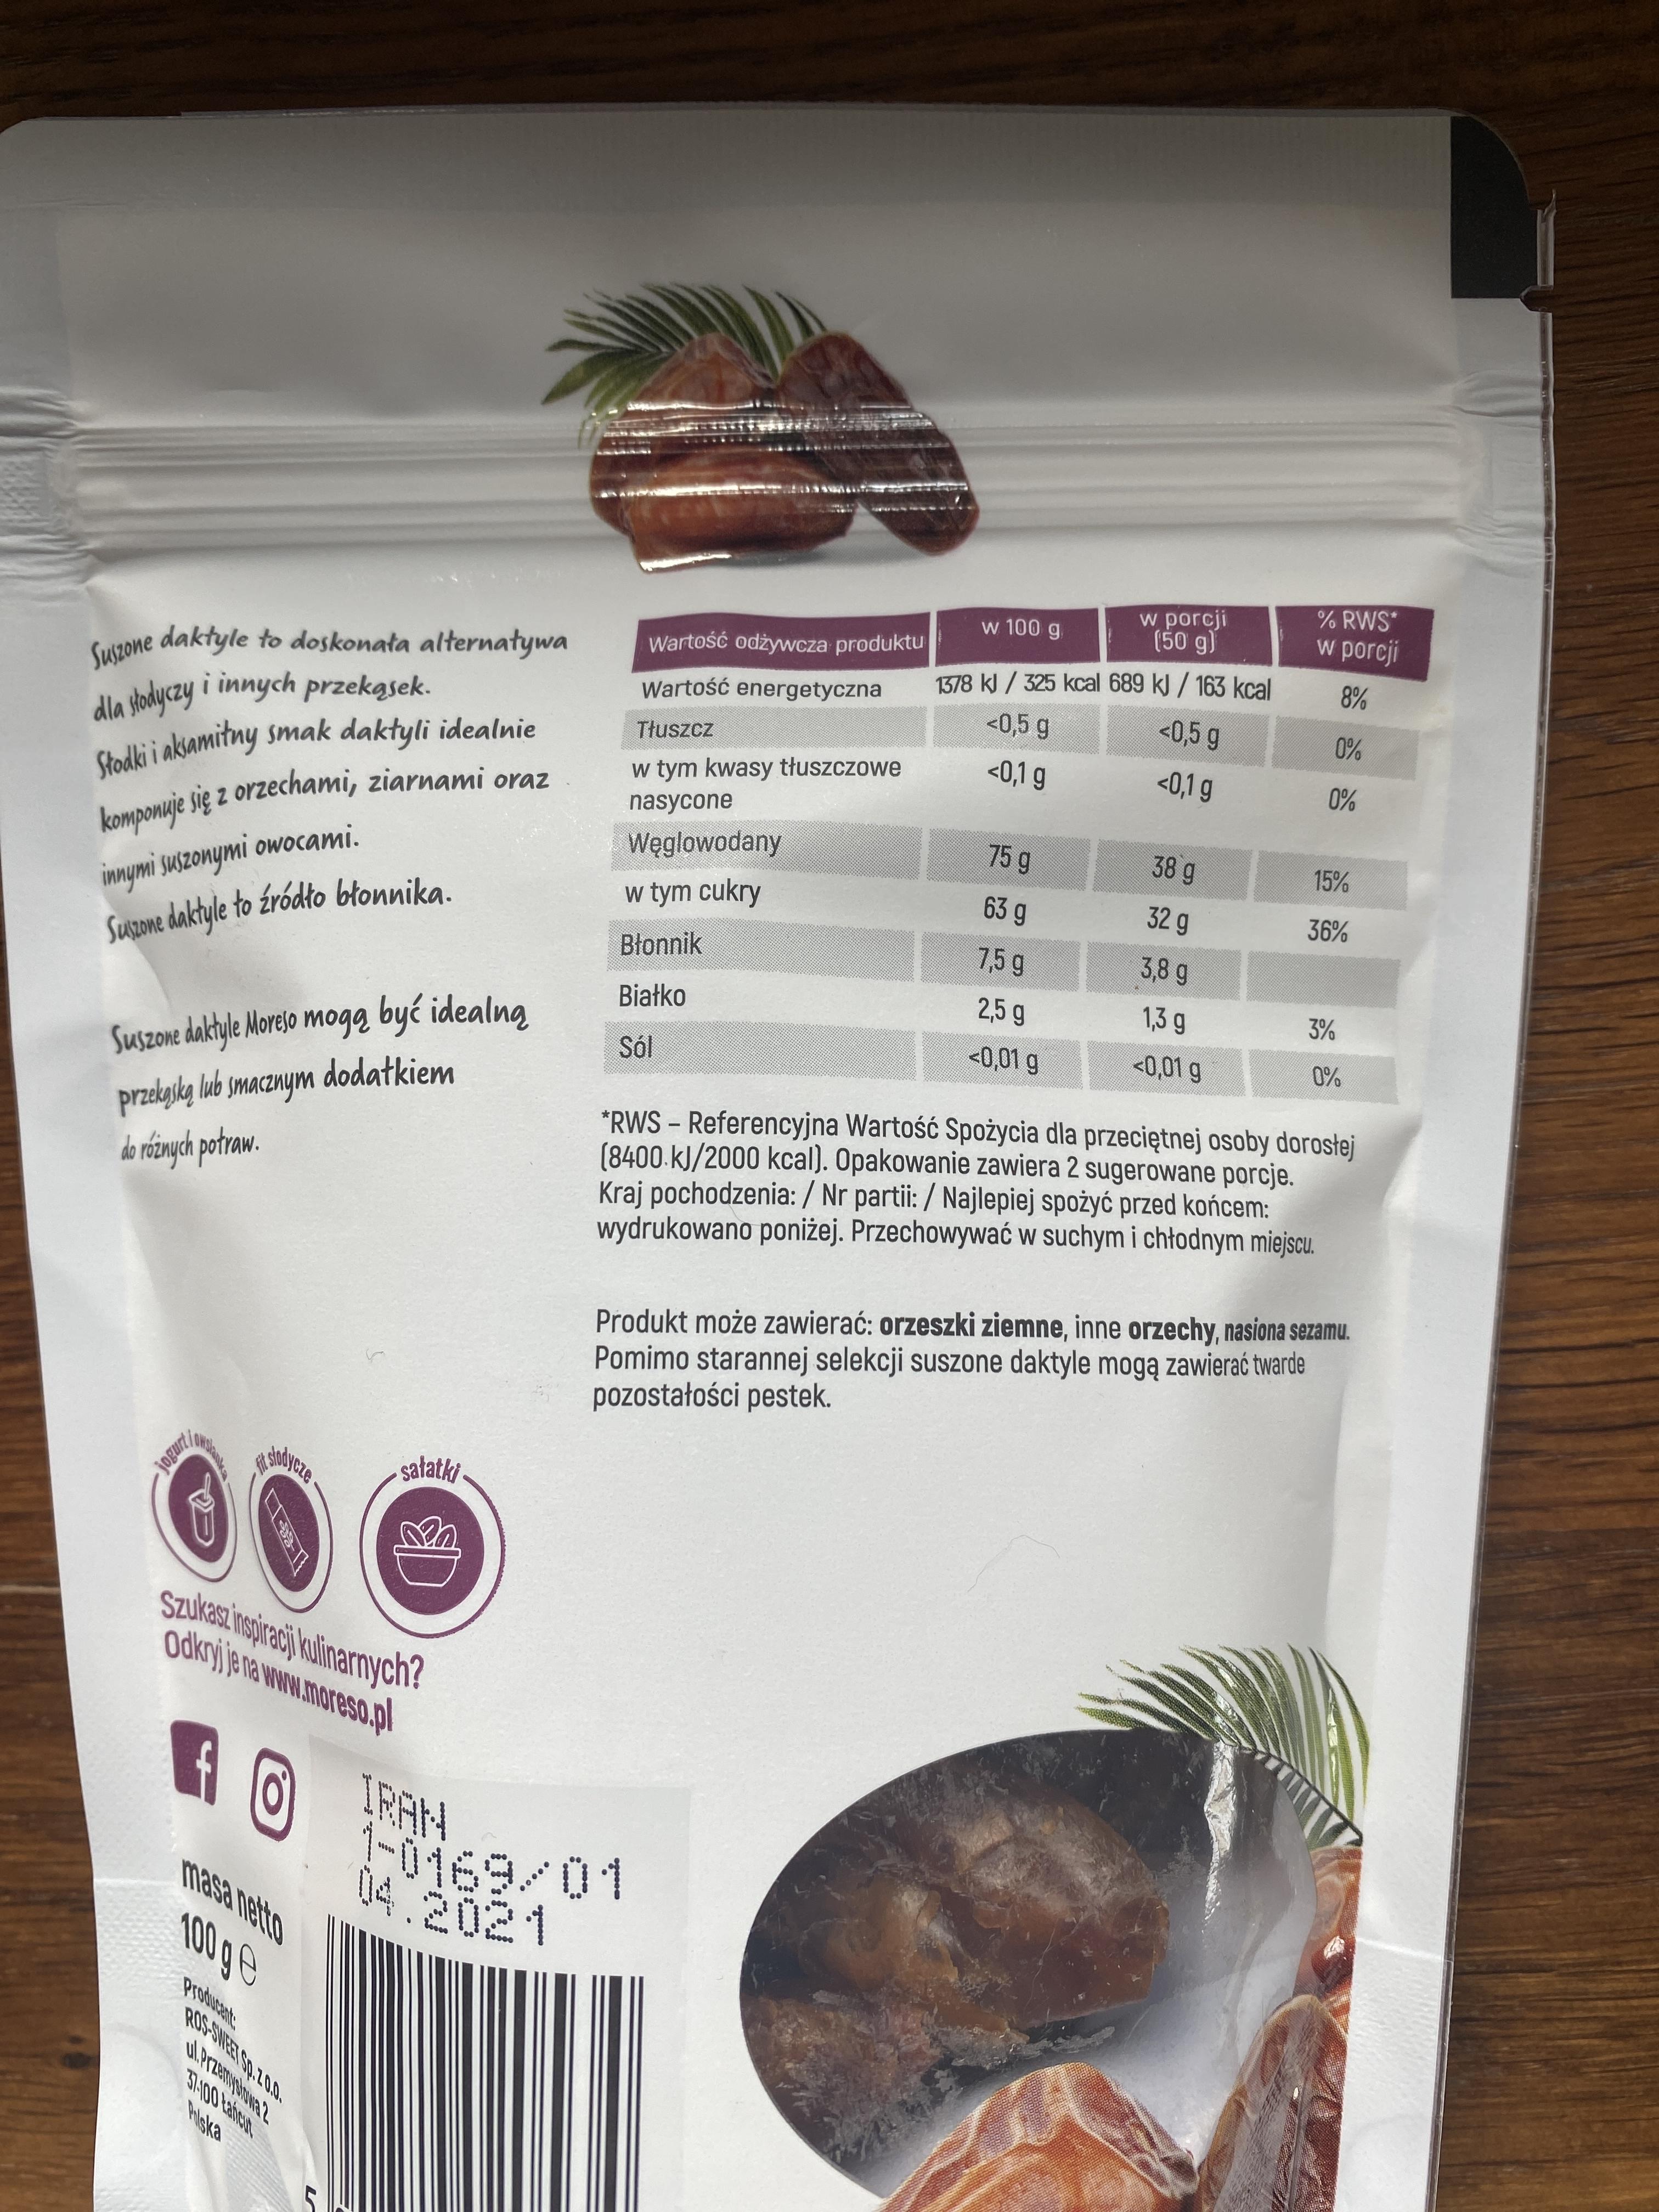
% RWS*
w porcji (50 g)
w porcji
w 100 g
1378 kJ / 325 kcal 689 kJ / 163 kcal <0,5 g
8%
Wartość odżywcza produktu
Wartość energetyczna
<0,5 g
0%
Suszone daktyle to doskonata alternatywa
Ala sodyczy i innych przekąsek.
Tłuszcz
<0,1 g
<0,1 g
0%
w tym kwasy tłuszczowe
Stodki i aksamitny smak daktyli idealnie
nasycone
38 g
759
15%
Węglowodany w tym cukry
innymi suszonymi owocami. Susone daktyle to źródło błonnika.
komponuje się z orzechami, ziarnami oraz
32 g
63 g
36%
7,5 g
3,8 g
Błonnik
2,5 g
1,3 g
3%
Białko
Suszone daktyle Moreso mogą być idealną dodatkiem
<0,01 g
<0,01 g
0%
Sól
przekyką lub smacznym do rfánych potraw.
*RWS - Referencyjna Wartość Spożycia dla przeciętnej osoby dorosłej (8400.kJ/2000 kcal). Opakowanie zawiera 2 sugerowane porcje. Kraj pochodzenia: / Nr partii: / Najlepiej spożyć przed końcem: wydrukowano poniżej. Przechowywać w suchym i chłodnym miejscu.
Produkt może zawierać: orzeszki ziemne, inne orzechy, nasiona sezamu. Pomimo starannej selekcji suszone daktyle mogą zawierać twarde pozostałości pestek.
adycze
satatki-
fits
Szukazi nograci ulinarnych? odkrjije na www.moreso.pl
OIRAN -ü169/01 04.2021
masa netto
100 ge
Producant ROS-SWEET SO.Z00.
37100 Lafcut
Piska